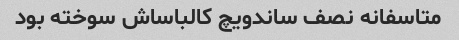
متاسفانه نصف ساندویچ کالباساش سوخته بود